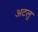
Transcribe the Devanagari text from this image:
अटलु